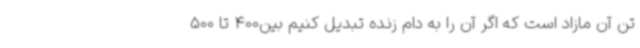
تن آن مازاد است که اگر آن را به دام زنده تبدیل کنیم بین400 تا 500